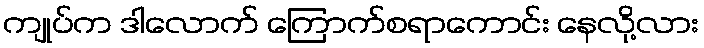
ကျုပ်က ဒါလောက် ကြောက်စရာကောင်း နေလို့လား